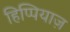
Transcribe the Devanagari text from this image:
हिप्पियाज़